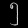
Digit: ၅